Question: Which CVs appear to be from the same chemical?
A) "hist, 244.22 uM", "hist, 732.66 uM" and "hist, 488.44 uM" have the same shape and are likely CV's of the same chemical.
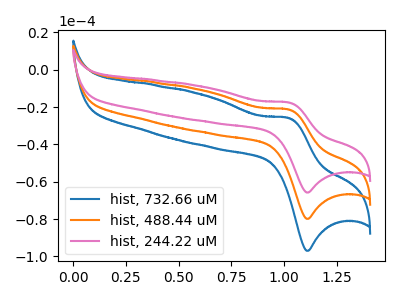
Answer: <think>The blue curve "hist, 732.66 uM" has an anodic peak at (1.00V, -42.70uA) and a cathodic peak at (1.10V, -159.70uA). The orange curve "hist, 488.44 uM" has an anodic peak at (1.00V, -21.35uA) and a cathodic peak at (1.10V, -79.85uA). The pink curve "hist, 244.22 uM" has an anodic peak at (1.00V, -17.55uA) and a cathodic peak at (1.10V, -65.75uA).
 All the peaks in "hist, 732.66 uM" have a peak in "hist, 488.44 uM" at the same potential. All the peaks in "hist, 732.66 uM" have a peak in "hist, 244.22 uM" at the same potential. All the peaks in "hist, 488.44 uM" have a peak in "hist, 244.22 uM" at the same potential.</think>
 <answer>A) "hist, 244.22 uM", "hist, 732.66 uM" and "hist, 488.44 uM" have the same shape and are likely CV's of the same chemical.</answer>
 <eval>A</eval>